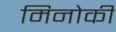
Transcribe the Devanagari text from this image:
मिनोकी